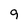
Character: 9